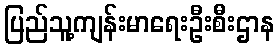
ပြည်သူ့ကျန်းမာရေးဦးစီးဌာန